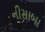
નીસાબા